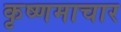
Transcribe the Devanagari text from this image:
कृष्णमाचार